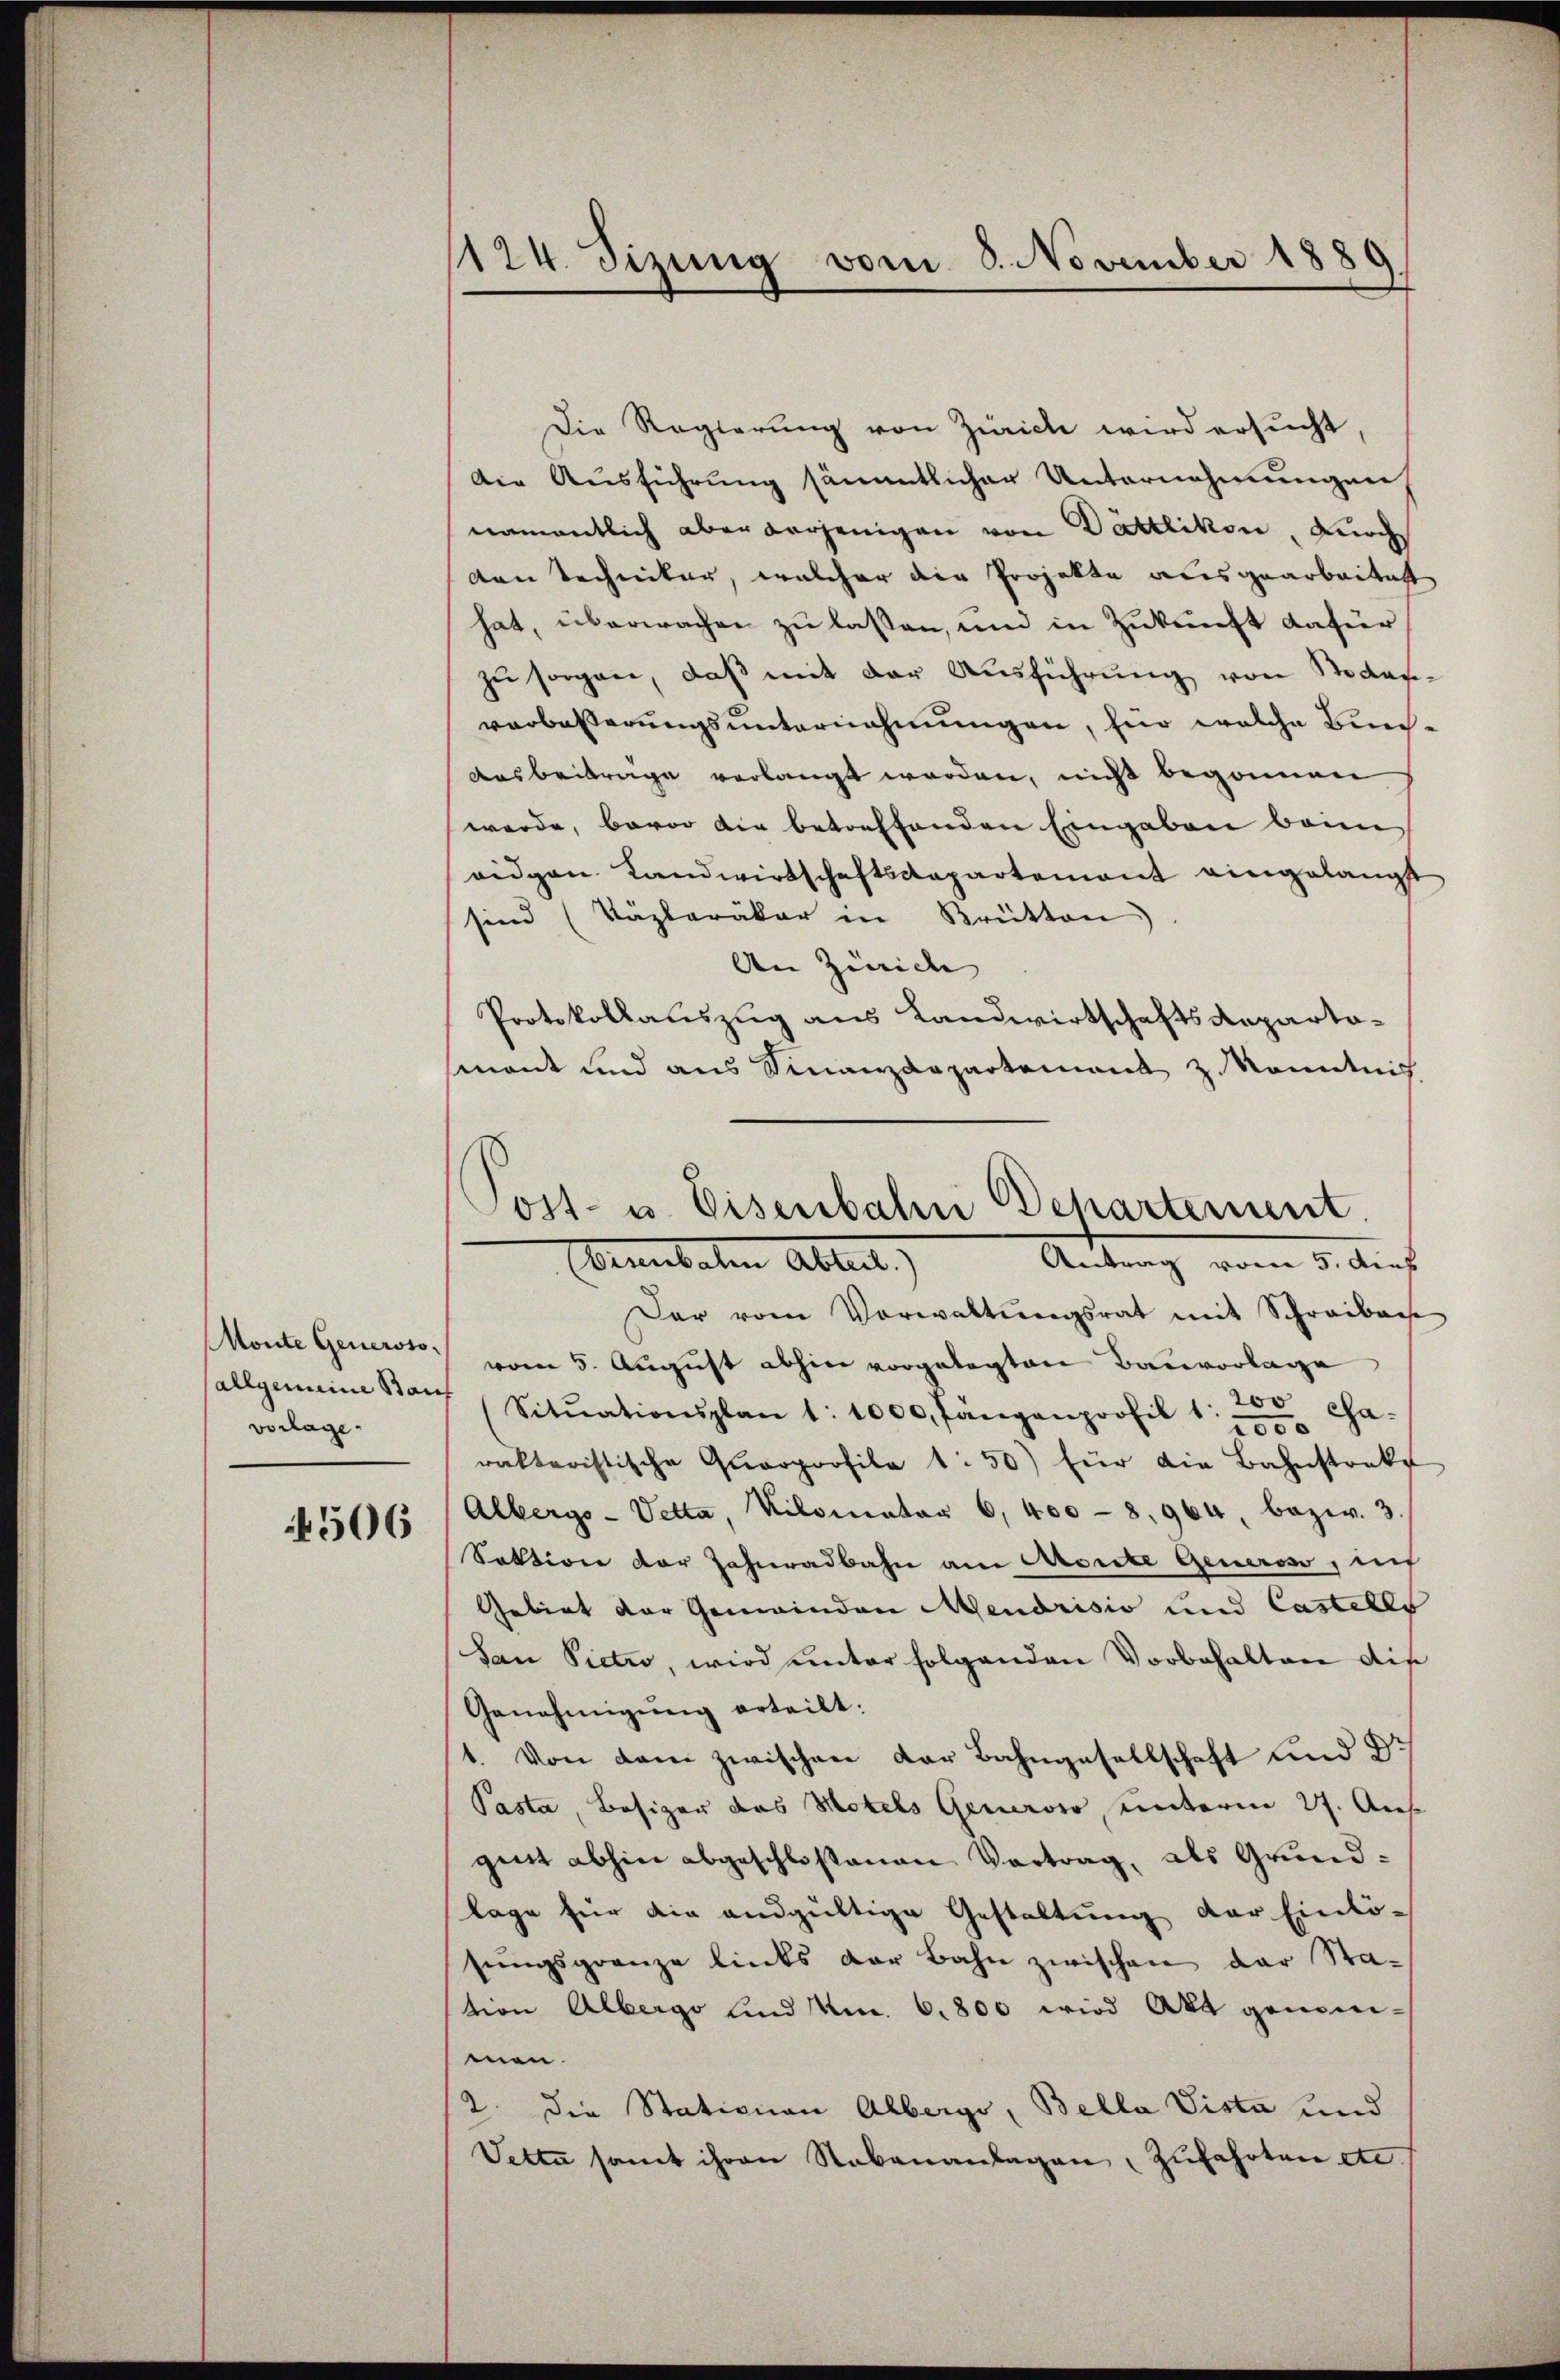
vorlage.

4506

1124. Sizung vom 8. November 188

Die Regierung von Zürich wird ersucht,
Die Ausführung sämmtlicher Unternehmungen
namentlich aber derjenigen von Dättlikon, Kirch
ven Techniker, welcher die Projekte ausgearbeitest
hat, überwachen zu lassen, und in Zukunft dafür
zŭ sorgen, daß mit der Ausführung von Sodanverbeßerungsunternehmungen, für welche Bun¬
Ausbeiträge verlangt werden, nicht begonnen
werde, bevor die betreffenden Eingaben bann
ridgen Landwirtschaftsdepartement eingelangt
sind (Päplaräker in Brütten
An Zünid
Protokollauszug aus Landwirtschafts Repartamant und aus Finanzdepartement z. Kenntnis
Der vom Vorwaltŭngsrat mit Schreibache
Monte Generst vom 5. August abhin vorgelegten Bauvorlage
allgemeine Baŭf (Sitŭationsplan 1:1000, fängenprofil 1. 200 cha-
2000
rakteristische Qŭarprofile 1:50) für die Bahnstrakt
Albergs-Vetta, Kilometer 6. 400 - 8. 964, bezw. 3.
Sektion der Jahrradbahn am Monte Generoso, ins
Gebiet der Gemeinden Mendrisio und Castells
San Pietro, wird unter folgenden Vorbehalten die
Genehmigung erteilt:
1. Von dem zwischen der Bahngesellschaft und Dr
Pasta, Besizer das Hotels Generoso unterm 27. Aus
gent abhin abgeschlossenen Vortrag, als Grundlage für die andgültige Gestaltung der Einlö-
sŭngsgrenze links der Bahn zwischen der Sta-
tion Albergo und No. 6. 800 wird Akt genom-
men.
2. die Stationen Alberge, Bella Vista und
Vette samt ihren Nebenanlagen, zufahrten etc.

Post- u. Eisenbahn Behartement.
Ebenbaten Ableit.)
Antrag vom 5. Auf